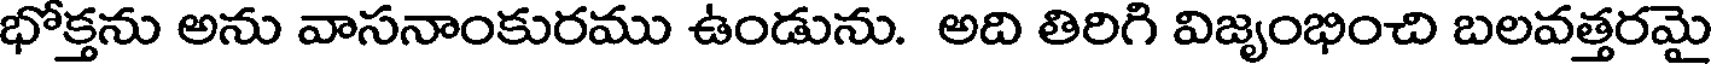
భోక్తను అను వాసనాంకురము ఉండును. అది తిరిగి విజృంభించి బలవత్తరమై